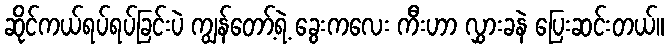
ဆိုင်ကယ်ရပ်ရပ်ခြင်းပဲ ကျွန်တော့်ရဲ့ ခွေးကလေး ကီးဟာ လွှားခနဲ ပြေးဆင်းတယ်။